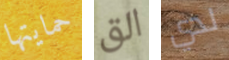
حمايتها الق لدي